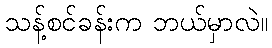
သန့်စင်ခန်းက ဘယ်မှာလဲ။